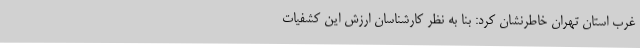
غرب استان تهران خاطرنشان کرد: بنا به نظر کارشناسان ارزش این کشفیات